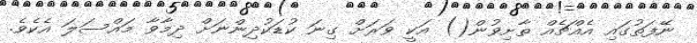
ނޭފަތުގައި އެއްޗެއް ތާށިވުން() އަކީ ވަރަށް ގިނަ ކުޑަކުދިންނަށް ދިމާވާ މައްސަލަ އެކެވެ.